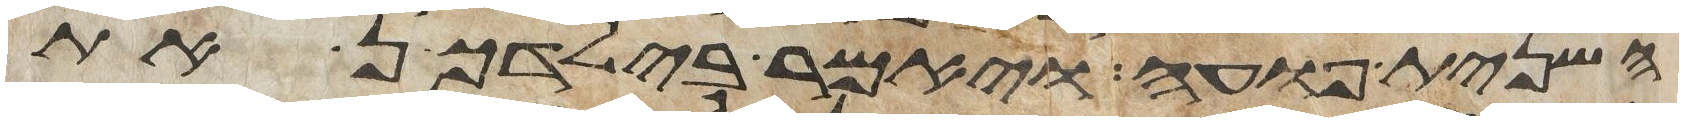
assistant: השנית פועה ויאמר בילדכן את